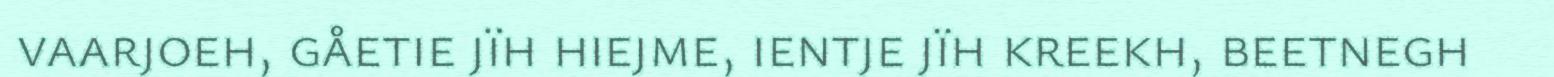
vaarjoeh, gåetie jïh hiejme, ientje jïh kreekh, beetnegh